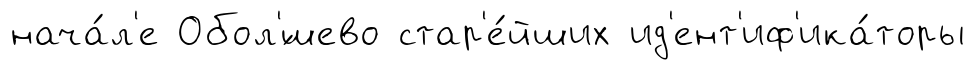
нача́л'е Обол'́шево стар'е́йших ид'ент'иф'ика́торы